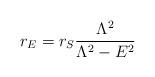
LaTeX: \begin{align*}r_E = r_S \frac{\Lambda^2}{\Lambda^2 - E^2} \end{align*}